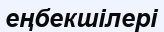
еңбекшілері